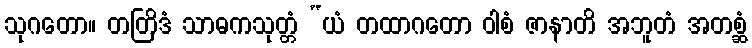
သုဂတော။ တတြိဒံ သာဓကသုတ္တံ “ယံ တထာဂတော ဝါစံ ဇာနာတိ အဘူတံ အတစ္ဆံ